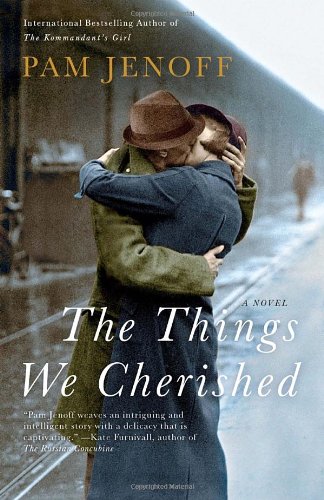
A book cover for The Things We Cherished; Pam Jenoff; Romance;